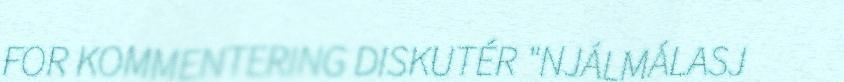
FOR KOMMENTERING DISKUTÉR "NJÁLMÁLASJ